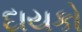
દાયકો